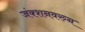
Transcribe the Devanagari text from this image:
जंक्शनवरुन